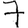
Digit: 7